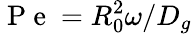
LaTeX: \mathrm{~P~e~}=R_{0}^{2}\omega/D_{g}